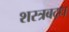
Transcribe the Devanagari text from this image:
शस्त्रबद्ध